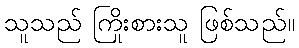
သူသည် ကြိုးစားသူ ဖြစ်သည်။